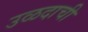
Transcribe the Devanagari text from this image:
उळदाची